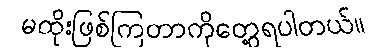
မထိုးဖြစ်ကြတာကိုတွေ့ရပါတယ်။